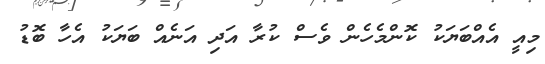
މިއީ އެއްބަޔަކު ކޮންމެހެން ވެސް ކުރާ އަދި އަނެއް ބަޔަކު އެހާ ބޮޑު